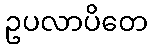
ဥပလာပိတေ